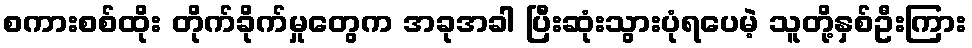
စကားစစ်ထိုး တိုက်ခိုက်မှုတွေက အခုအခါ ပြီးဆုံးသွားပုံရပေမဲ့ သူတို့နှစ်ဦးကြား